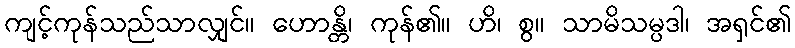
ကျင့်ကုန်သည်သာလျှင်။ ဟောန္တိ၊ ကုန်၏။ ဟိ၊ စွ။ သာမိသမ္ပဒါ၊ အရှင်၏